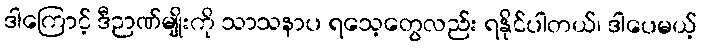
ဒါကြောင့် ဒီဉာဏ်မျိုးကို သာသနာပ ရသေ့တွေလည်း ရနိုင်ပါတယ်၊ ဒါပေမယ့်